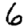
Digit: 6